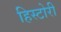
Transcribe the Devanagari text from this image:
हिस्टोरी